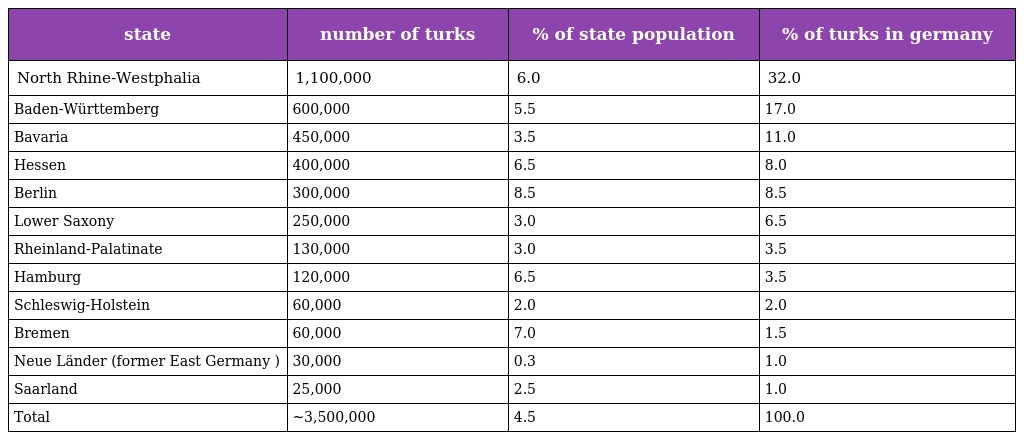
| state | number of turks | % of state population | % of turks in germany |
 | --- | --- | --- | --- |
 | North Rhine-Westphalia | 1,100,000 | 6.0 | 32.0 |
 | Baden-Württemberg | 600,000 | 5.5 | 17.0 |
 | Bavaria | 450,000 | 3.5 | 11.0 |
 | Hessen | 400,000 | 6.5 | 8.0 |
 | Berlin | 300,000 | 8.5 | 8.5 |
 | Lower Saxony | 250,000 | 3.0 | 6.5 |
 | Rheinland-Palatinate | 130,000 | 3.0 | 3.5 |
 | Hamburg | 120,000 | 6.5 | 3.5 |
 | Schleswig-Holstein | 60,000 | 2.0 | 2.0 |
 | Bremen | 60,000 | 7.0 | 1.5 |
 | Neue Länder (former East Germany ) | 30,000 | 0.3 | 1.0 |
 | Saarland | 25,000 | 2.5 | 1.0 |
 | Total | ~3,500,000 | 4.5 | 100.0 |